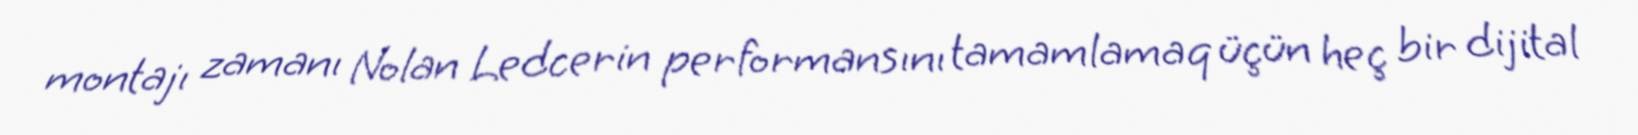
montajı zamanı Nolan Ledcerin performansını tamamlamaq üçün heç bir dijital